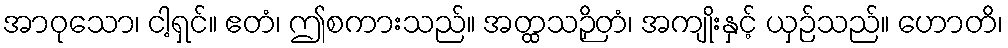
အာဝုသော၊ ငါ့ရှင်။ ဧတံ၊ ဤစကားသည်။ အတ္ထသဉှိတံ၊ အကျိုးနှင့် ယှဉ်သည်။ ဟောတိ၊